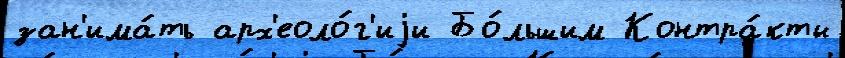
зан'има́ть арх'еоло́г'иjи Бо́льшим Контра́кты